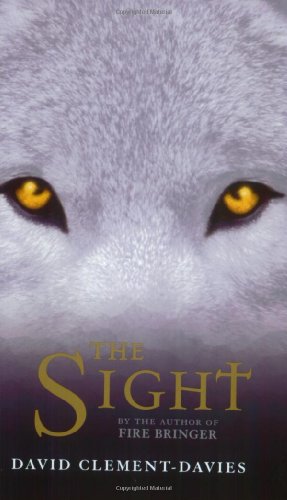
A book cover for The Sight; David Clement-Davies; Teen & Young Adult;